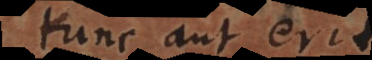
tunc aut erit